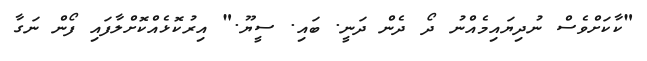
"ކާކަށްވެސް ނުދިޔައިމެއްނު ދޯ ދެން ދަނީ. ބައި. ސީޔޫ." އިރުކޮޅެއްކޮށްލާފައި ފޯން ނަގާ